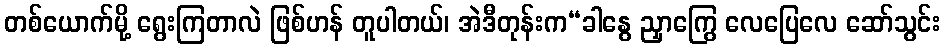
တစ်ယောက်မို့ ရွေးကြတာလဲ ဖြစ်ဟန် တူပါတယ်၊ အဲဒီတုန်းက“ခါနွေ ညှာကြွေ လေပြေလေ ဆော်သွင်း